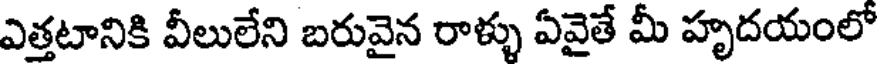
ఎత్తటానికి వీలులేని బరువైన రాళ్ళు ఏవైతే మీ హృదయంలో